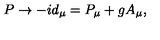
P \rightarrow - i d _ { \mu } = P _ { \mu } + g A _ { \mu } , \nonumber